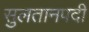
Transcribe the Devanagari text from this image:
सुलतानपदी